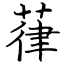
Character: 葎